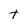
Character: t